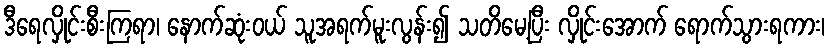
ဒီရေလှိုင်းစီးကြရာ၊ နောက်ဆုံးဝယ် သူအရက်မူးလွန်း၍ သတိမေ့ပြီး လှိုင်းအောက် ရောက်သွားရကား၊